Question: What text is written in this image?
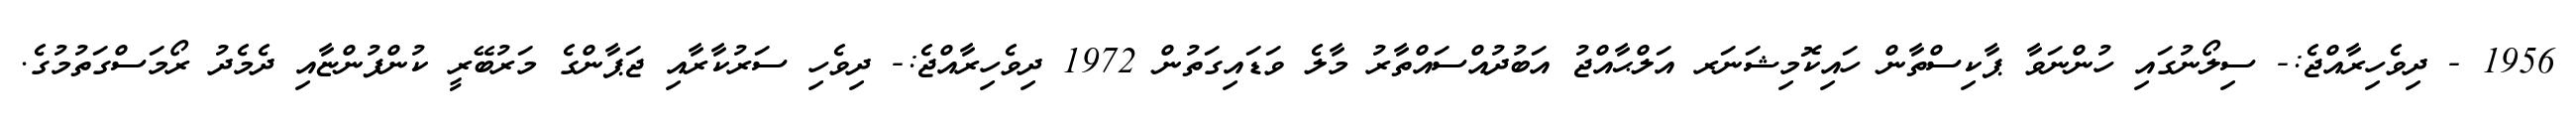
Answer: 1956 - ދިވެހިރާއްޖެ:- ސިލޯނުގައި ހުންނަވާ ޕާކިސްތާން ހައިކޮމިޝަނަރ އަލްޙާއްޖު އަބުދުއްސައްތާރު މާލެ ވަޑައިގަތުން 1972 ދިވެހިރާއްޖެ:- ދިވެހި ސަރުކާރާއި ޖަޕާންގެ މަރުބޭރީ ކުންފުންޏާއި ދެމެދު ރޯމަސްގަތުމުގެ.